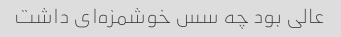
عالی بود چه سس خوشمزه‌ای داشت